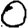
Digit: 0